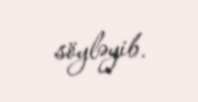
söyləyib.